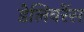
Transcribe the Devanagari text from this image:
डेलिवरेंस